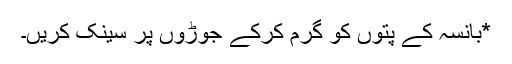
*بانسہ کے پتوں کو گرم کرکے جوڑوں پر سینک کریں۔